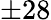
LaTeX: \pm 28